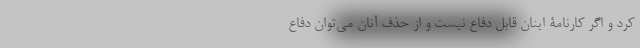
کرد و اگر کارنامۀ اینان قابل دفاع نیست و از حذف آنان می‌توان دفاع